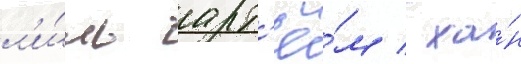
л'и́шь арт'ё́м / ха́н